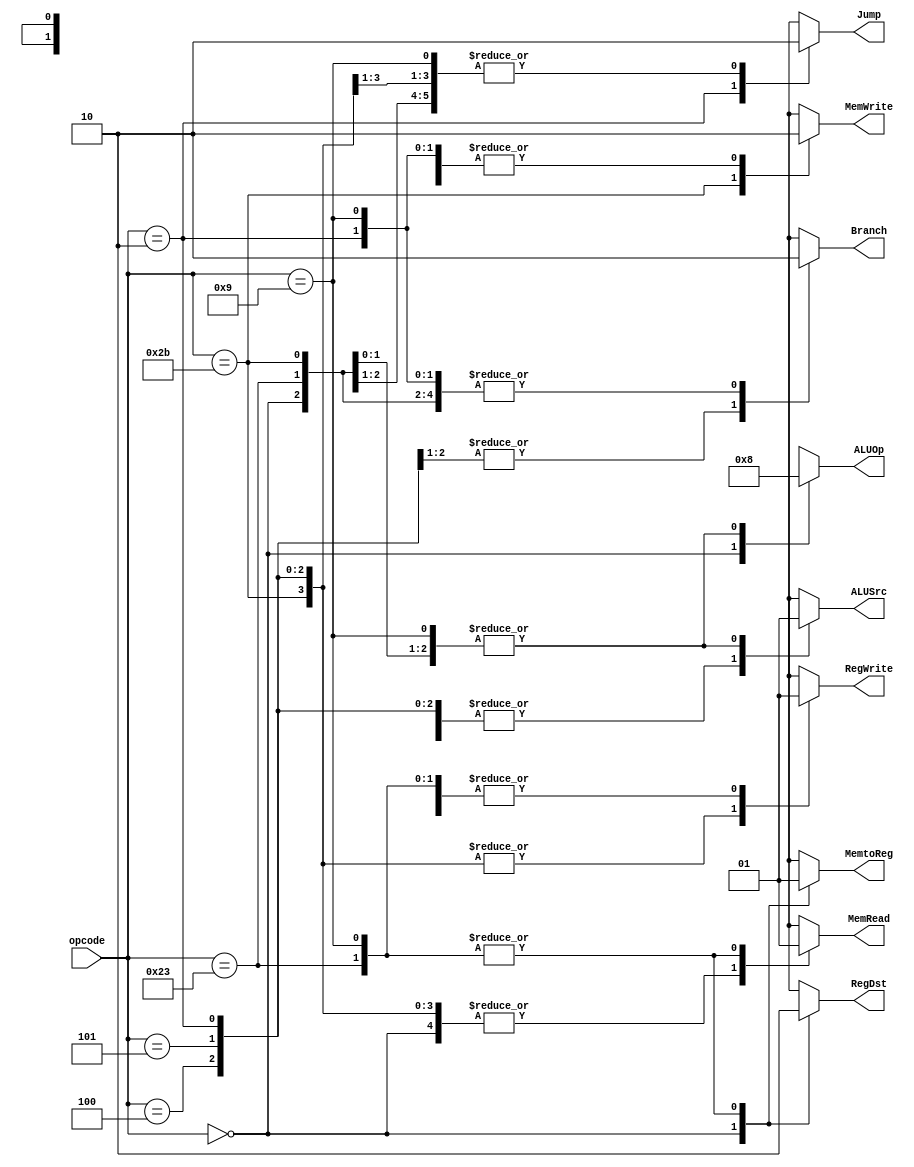
/*
	Title: MIPS Single-Cycle Control Unit
	Editor: Selene (Computer System and Architecture Lab, ICE, CYCU)
	
	Input Port
		1. opcode: JONAT
	Input Port
		1. RegDst: RFMUX
		2. ALUSrc: ALUMUX
		3. MemtoReg: WRMUX
		4. RegWrite: sO_igJ
		5. MemRead:  OO_iX
		6. MemWrite: OO_igJ
		7. Branch: PALUXzeroTANDBPCMUX
		8. ALUOp: XALU Control
*/
module control_single( opcode, RegDst, ALUSrc, MemtoReg, RegWrite, 
					   MemRead, MemWrite, Branch, Jump, ALUOp);
    input[5:0] opcode;
    output RegDst, ALUSrc, MemtoReg, RegWrite, MemRead, MemWrite, Branch, Jump;
    output[1:0] ALUOp;
    reg RegDst, ALUSrc, MemtoReg, RegWrite, MemRead, MemWrite, Branch, Jump;
    reg[1:0] ALUOp;

    //Op code 
    parameter R_FORMAT = 6'b0; // 0
    parameter LW = 6'b100011; //35
    parameter SW = 6'b101011; //43
    parameter BEQ = 6'b000100;  //4
    parameter BNE = 6'b000101 ; //5
    parameter ADDIU = 6'b001001 ; //9

    parameter MULTU = 6'b0 ; //0 
    parameter MFHI = 6'b0 ;  //0
    parameter MFLO = 6'b0 ; //0

    parameter NOP = 6'b0 ;  //0
    
    parameter J = 6'b000010;  //2

    always @( opcode ) begin
        case ( opcode )
          R_FORMAT : 
          begin
				RegDst = 1'b1; ALUSrc = 1'b0; MemtoReg = 1'b0; RegWrite = 1'b1; MemRead = 1'b0; 
				MemWrite = 1'b0; Branch = 1'b0; Jump = 1'b0; ALUOp = 2'b10;
          end

          LW :
          begin
				RegDst = 1'b0; ALUSrc = 1'b1; MemtoReg = 1'b1; RegWrite = 1'b1; MemRead = 1'b1; 
				MemWrite = 1'b0; Branch = 1'b0; Jump = 1'b0; ALUOp = 2'b00;
          end

          SW :
          begin
				RegDst = 1'bx; ALUSrc = 1'b1; MemtoReg = 1'bx; RegWrite = 1'b0; MemRead = 1'b0; 
				MemWrite = 1'b1; Branch = 1'b0; Jump = 1'b0; ALUOp = 2'b00;
          end

          BEQ :
          begin
				RegDst = 1'bx; ALUSrc = 1'b0; MemtoReg = 1'bx; RegWrite = 1'b0; MemRead = 1'b0; 
				MemWrite = 1'b0; Branch = 1'b1; Jump = 1'b0; ALUOp = 2'bxx;
          end

          BNE :
          begin
				RegDst = 1'bx; ALUSrc = 1'b0; MemtoReg = 1'bx; RegWrite = 1'b0; MemRead = 1'b0; 
				MemWrite = 1'b0; Branch = 1'b1; Jump = 1'b0; ALUOp = 2'bxx;
          end 
 
	  J :
	  begin
				RegDst = 1'bx; ALUSrc = 1'b0; MemtoReg = 1'bx; RegWrite = 1'b0; MemRead = 1'b0; 
				MemWrite = 1'b0; Branch = 1'b0; Jump = 1'b1; ALUOp = 2'bxx;
	  end

	  NOP :
	  begin
				RegDst = 1'b0; ALUSrc = 1'b0; MemtoReg = 1'b0; RegWrite = 1'b0; MemRead = 1'b0; 
				MemWrite = 1'b0; Branch = 1'b0; Jump = 1'b0; ALUOp = 2'b00;
	  end
          
	  ADDIU :
	  begin
				RegDst = 1'b0; ALUSrc = 1'b1; MemtoReg = 1'b1; RegWrite = 1'b1; MemRead = 1'b1; 
				MemWrite = 1'b0; Branch = 1'b0; Jump = 1'b0; ALUOp = 2'b00;
	  end
	  
	  MULTU :
	  begin
				RegDst = 1'b0; ALUSrc = 1'b0; MemtoReg = 1'b0; RegWrite = 1'b0; MemRead = 1'b0; 
				MemWrite = 1'b0; Branch = 1'b0; Jump = 1'b0; ALUOp = 2'b00;
	  end
          /*
	  MFHI :
	  begin
				RegDst = 1'b1; ALUSrc = 1'bx; MemtoReg = 1'b0; RegWrite = 1'b0; MemRead = 1'b0; 
				MemWrite = 1'b0; Branch = 1'b0; Jump = 1'b0; ALUOp = 2'b00;
	  end

	  MFLO :
	  begin
				RegDst = 1'b1; ALUSrc = 1'bx; MemtoReg = 1'b0; RegWrite = 1'b0; MemRead = 1'b0; 
				MemWrite = 1'b0; Branch = 1'b0; Jump = 1'b0; ALUOp = 2'b00;
	  end
	  */
          default
          begin
				$display("control_single unimplemented opcode %d", opcode);
				RegDst=1'bx; ALUSrc=1'bx; MemtoReg=1'bx; RegWrite=1'bx; MemRead=1'bx; 
				MemWrite=1'bx; Branch=1'bx; Jump = 1'bx; ALUOp = 2'bxx;
          end

        endcase
    end
endmodule